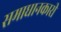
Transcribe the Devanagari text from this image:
समाधानकारी